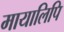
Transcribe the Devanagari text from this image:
मायालिपि